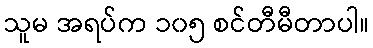
သူမ အရပ်က ၁၀၅ စင်တီမီတာပါ။